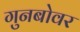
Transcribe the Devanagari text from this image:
गुनबोवर